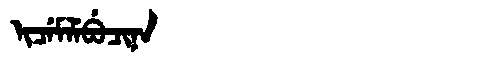
Manchu: ᡳᠴᡝᠮᠯᡝᠪᡠᠴᡳᠨᠠ
Romanization: ICEMLEBUCINA